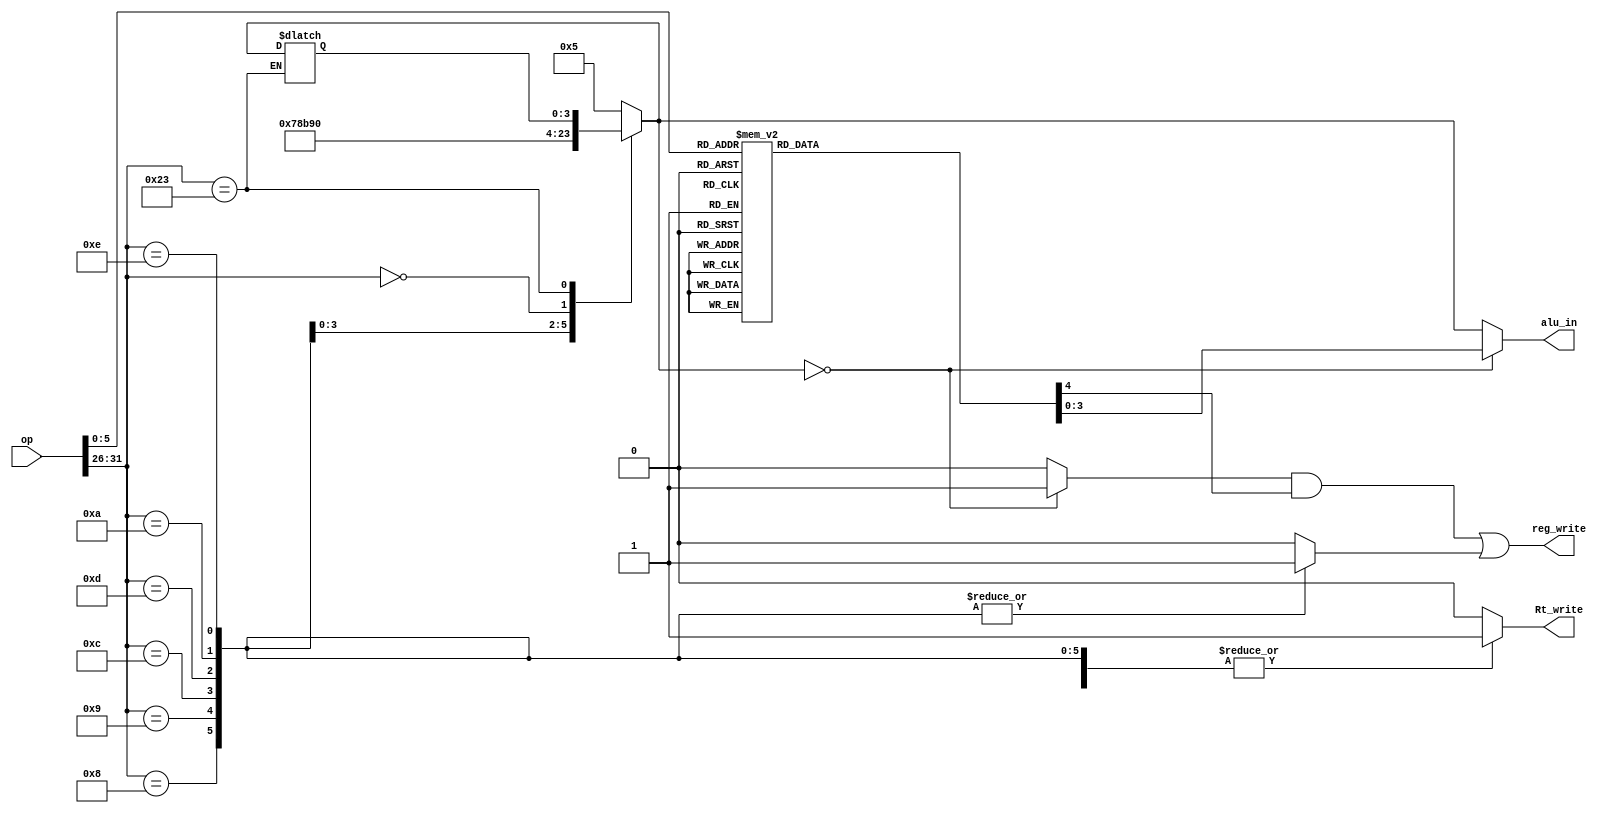
`timescale 1ns / 1ps
module alu_ctl(op,alu_in,Rt_write,reg_write);
input [31:0]op;
output reg Rt_write;
output wire reg_write;
output reg [3:0]alu_in;
reg [3:0]func;
reg [3:0]op_i;
reg reg_write1,reg_write2,r_type;
assign reg_write = (r_type&reg_write1)|reg_write2;
always @(op) begin
	case(op[5:0])
		6'b100000: begin func[3:0] = 4'b0101;reg_write1=1; end//add
		6'b100001: begin func[3:0] = 4'b0101;reg_write1=1; end//addu
		6'b100100: begin func[3:0] = 4'b0111;reg_write1=1; end//and
		6'b011010: begin func[3:0] = 4'b0100;reg_write1=1; end//div
		6'b011011: begin func[3:0] = 4'b0100;reg_write1=1; end//div
		6'b011000: begin func[3:0] = 4'b0011;reg_write1=1; end//mult
		6'b011001: begin func[3:0] = 4'b0011;reg_write1=1; end//mult
		6'b100111: begin func[3:0] = 4'b1010;reg_write1=1; end
		6'b100101: begin func[3:0] = 4'b1000;reg_write1=1; end//or
		6'b000000: begin func[3:0] = 4'b0000;reg_write1=1; end//sll
		6'b101010: begin func[3:0] = 4'b1011;reg_write1=1; end//slt
		6'b101011: begin func[3:0] = 4'b1100;reg_write1=1; end//sltu
		6'b000011: begin func[3:0] = 4'b0001;reg_write1=1; end//sra
		6'b000010: begin func[3:0] = 4'b0010;reg_write1=1; end//srl
		6'b100010: begin func[3:0] = 4'b0110;reg_write1=1; end//sub
		6'b100011: begin func[3:0] = 4'b0110;reg_write1=1; end//subu
		6'b100110: begin func[3:0] = 4'b1001;reg_write1=1; end//xor
		default: begin func[3:0] = 4'b0101; reg_write1=0;end
	endcase
	case(op[31:26])
		6'b001000: begin op_i[3:0] = 4'b0101;Rt_write = 1;reg_write2=1; end//addi
		6'b001001: begin op_i[3:0] = 4'b0101;Rt_write = 1;reg_write2=1; end//addiu
		6'b001100: begin op_i[3:0] = 4'b0111;Rt_write = 1;reg_write2=1; end//andi
		6'b001101: begin op_i[3:0] = 4'b1000;Rt_write = 1;reg_write2=1; end//ori
		6'b001010: begin op_i[3:0] = 4'b1011;Rt_write = 1;reg_write2=1; end//slti
		6'b001110: begin op_i[3:0] = 4'b1001;Rt_write = 1;reg_write2=1; end//xori
		6'b000000: begin op_i[3:0] = 4'b0000;Rt_write = 0;reg_write2=0; end
		6'b100011: begin Rt_write = 1;reg_write2=0; end
		default: begin op_i[3:0] = 4'b0101;Rt_write = 0;reg_write2=0; end
	endcase
	if(op_i[3:0] == 4'b0000) begin
		alu_in[3:0] = func[3:0];
		r_type = 1;
	end
	else begin
		r_type = 0;
		alu_in[3:0] = op_i[3:0];
	end

end

endmodule